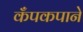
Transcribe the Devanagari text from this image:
कँपकपाने